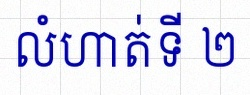
លំហាត់ទី ២